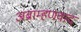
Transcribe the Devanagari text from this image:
अब्राम्हणवाद